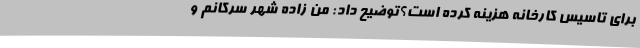
برای تاسیس کارخانه هزینه کرده است؟توضیح داد: من زاده شهر سرکانم و